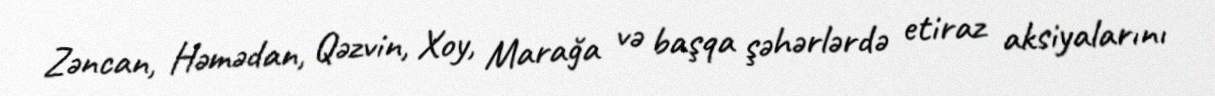
Zəncan, Həmədan, Qəzvin, Xoy, Marağa və başqa şəhərlərdə etiraz aksiyalarını